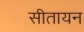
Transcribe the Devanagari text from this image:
सीतायन